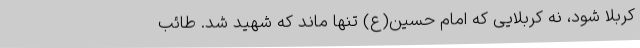
کربلا شود، نه کربلایی که امام حسین(ع) تنها ماند که شهید شد.‌ طائب